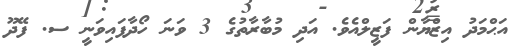
އަޙްމަދު އިޒްޔާން ފަޒީލްއެވެ. އަދި މުބާރާތުގެ 3 ވަނަ ހޯދާފައިވަނީ ސ. ފޭދޫ